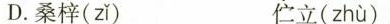
D.桑梓( zǐ ) 伫立( zhù )